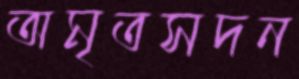
অমৃতসদন